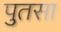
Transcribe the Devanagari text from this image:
पुतसा